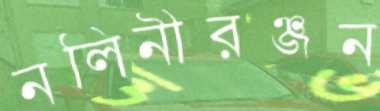
নলিনীরঞ্জন